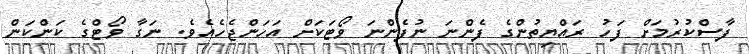
ފާސްކުރުމަށް ފަހު ރައްޔިތުންގެ ފެންނަ ނުފެންނަ ވޯޓަކަށް އަހަންޖެހެއެވެ. ނަގާ ވޯޓްގެ ކަންކަން